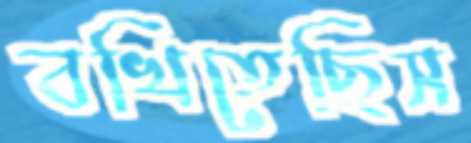
বখিতেছিস